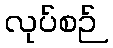
လုပ်စဉ်